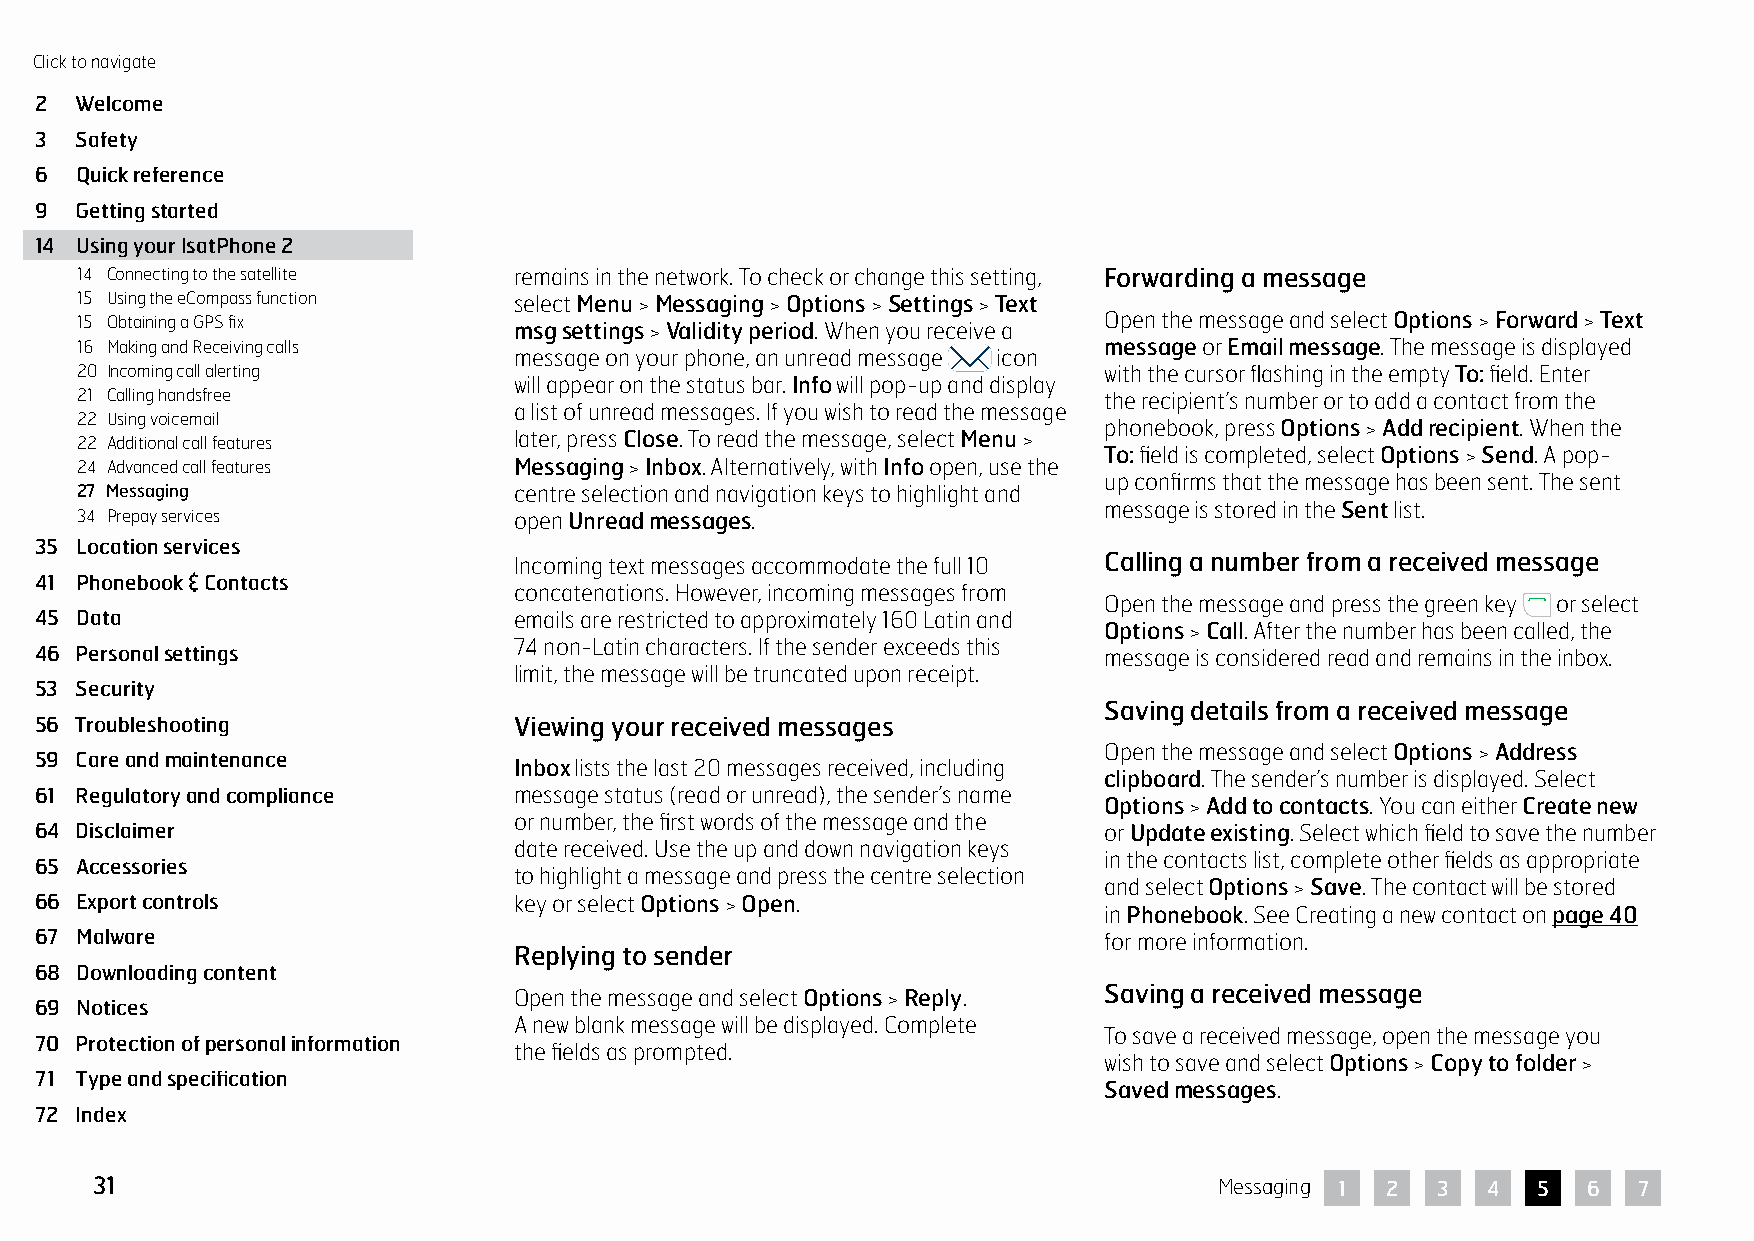
Click to navigate
 2  Welcome
 3  Safety
 6  Quick reference
 9  Getting started
 14 Using your IsatPhone 2
 14 Connecting to the satellite remains in the network. To check or change this setting, Forwarding a message
 15 Using the eCompass function select Menu > Messaging > Options > Settings > Text
 15 Obtaining a GPS fix       msg settings > Validity period. When you receive a Open the message and select Options > Forward > Text
 16 Making and Receiving calls                                       message or Email message. The message is displayed
 message on your phone, an unread message icon
 20 Incoming call alerting                                           with the cursor flashing in the empty To: field. Enter
 will appear on the status bar. Info will pop-up and display
 21 Calling handsfree                                                the recipient’s number or to add a contact from the
 a list of unread messages. If you wish to read the message
 22 Using voicemail
 phonebook, press Options > Add recipient. When the
 22 Additional call features  later, press Close. To read the message, select Menu >
 To: field is completed, select Options > Send. A pop-
 24 Advanced call features    Messaging > Inbox. Alternatively, with Info open, use the
 up confirms that the message has been sent. The sent
 27 Messaging                 centre selection and navigation keys to highlight and
 message is stored in the Sent list.
 34 Prepay services           open Unread messages.
 35 Location services
 Incoming text messages accommodate the full 10 Calling a number from a received message
 41 Phonebook & Contacts
 concatenations. However, incoming messages from
 Open the message and press the green key or select
 45 Data                         emails are restricted to approximately 160 Latin and
 Options > Call. After the number has been called, the
 74 non-Latin characters. If the sender exceeds this
 46 Personal settings                                                   message is considered read and remains in the inbox.
 limit, the message will be truncated upon receipt.
 53 Security
 Saving details from a received message
 56 Troubleshooting              Viewing your received messages
 Open the message and select Options > Address
 59 Care and maintenance
 Inbox lists the last 20 messages received, including
 clipboard. The sender’s number is displayed. Select
 61 Regulatory and compliance    message status (read or unread), the sender’s name
 Options > Add to contacts. You can either Create new
 or number, the first words of the message and the
 64 Disclaimer                                                          or Update existing. Select which field to save the number
 date received. Use the up and down navigation keys
 in the contacts list, complete other fields as appropriate
 65 Accessories
 to highlight a message and press the centre selection
 and select Options > Save. The contact will be stored
 66 Export controls              key or select Options > Open.
 in Phonebook. See Creating a new contact on page 40
 67 Malware                                                             for more information.
 Replying to sender
 68 Downloading content
 Open the message and select Options > Reply. Saving a received message
 69 Notices
 A new blank message will be displayed. Complete
 To save a received message, open the message you
 70 Protection of personal information
 the fields as prompted.
 wish to save and select Options > Copy to folder >
 71 Type and specification
 Saved messages.
 72 Index
 31                                                                         Messaging 1 2 3  4   5  6  7